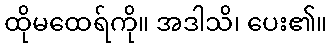
ထိုမထေရ်ကို။ အဒါသိ၊ ပေး၏။